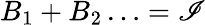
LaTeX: B_{1}+B_{2}\ldots=\mathscr{I}